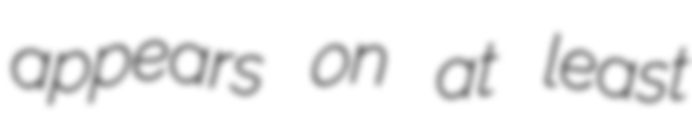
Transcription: appears on at least